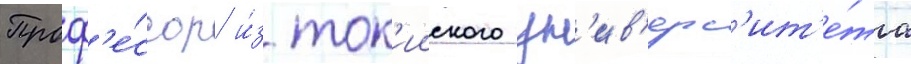
Проф'е́ссор и́з ток'ииского ун'ив'ерс'ит'е́та